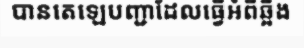
បានតេឡេបញ្ជាដែលធ្វើអំពីឆ្អឹង